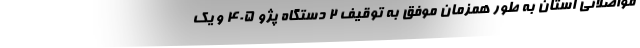
مواصلاتی استان به طور همزمان موفق به توقیف ۲ دستگاه پژو ۴۰۵ و یک